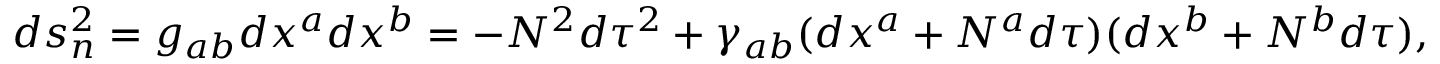
d s _ { n } ^ { 2 } = g _ { a b } d x ^ { a } d x ^ { b } = - N ^ { 2 } d \tau ^ { 2 } + \gamma _ { a b } ( d x ^ { a } + N ^ { a } d \tau ) ( d x ^ { b } + N ^ { b } d \tau ) ,